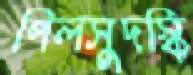
পিলসুদস্কি